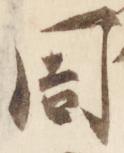
周